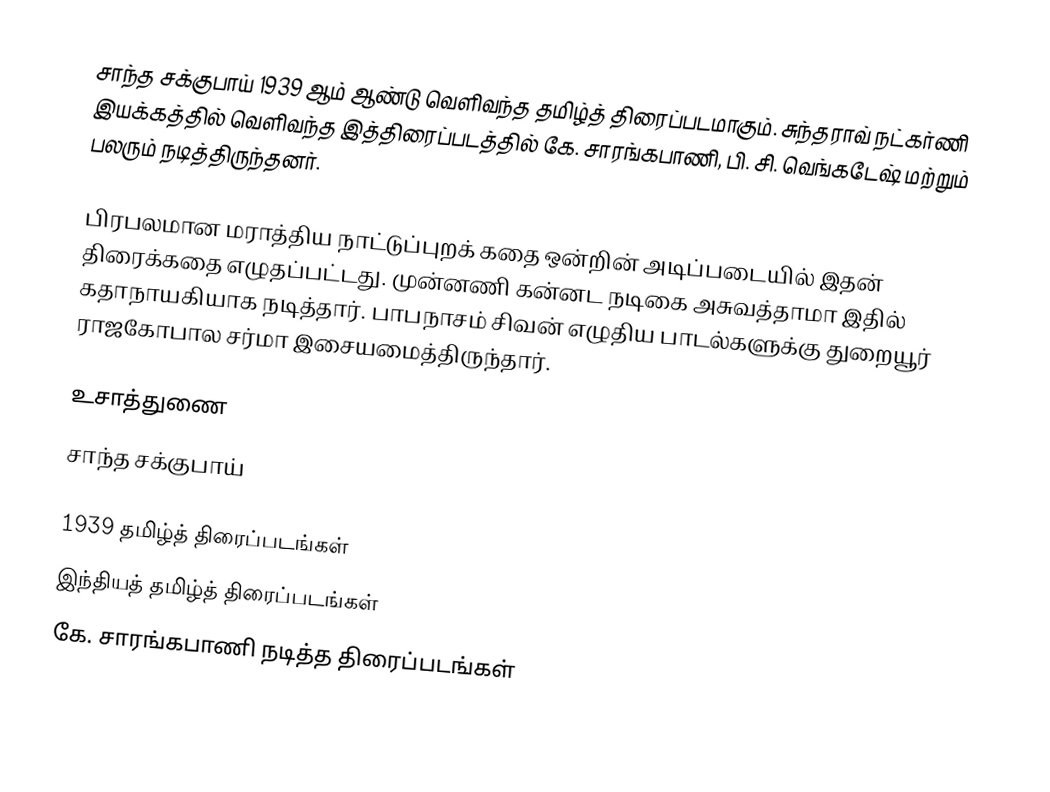
சாந்த சக்குபாய் 1939 ஆம் ஆண்டு வெளிவந்த தமிழ்த் திரைப்படமாகும். சுந்தராவ் நட்கர்ணி இயக்கத்தில் வெளிவந்த இத்திரைப்படத்தில் கே. சாரங்கபாணி, பி. சி. வெங்கடேஷ் மற்றும் பலரும் நடித்திருந்தனர்.

பிரபலமான மராத்திய நாட்டுப்புறக் கதை ஒன்றின் அடிப்படையில் இதன் திரைக்கதை எழுதப்பட்டது. முன்னணி கன்னட நடிகை அசுவத்தாமா இதில் கதாநாயகியாக நடித்தார். பாபநாசம் சிவன் எழுதிய பாடல்களுக்கு துறையூர் ராஜகோபால சர்மா இசையமைத்திருந்தார்.

உசாத்துணை
 சாந்த சக்குபாய்

1939 தமிழ்த் திரைப்படங்கள்
இந்தியத் தமிழ்த் திரைப்படங்கள்
கே. சாரங்கபாணி நடித்த திரைப்படங்கள்